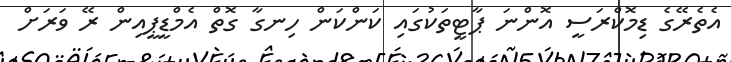
އެތެރޭގެ ޑިމޮކްރަސީ އޮންނަ ޕާޓީތަކުގައި ކަންކަން ހިނގާ ގޮތް އެމްޑީޕީއިން ރޭ ވަރަށް